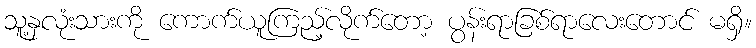
သူ့နှလုံးသားကို ကောက်ယူကြည့်လိုက်တော့ ပွန်းရာခြစ်ရာလေးတောင် မရှိ။